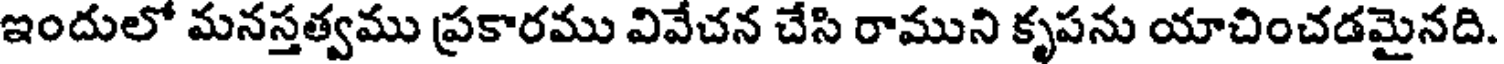
ఇందులో మనస్తత్వము ప్రకారము వివేచన చేసి రాముని కృపను యాచించడమైనది.